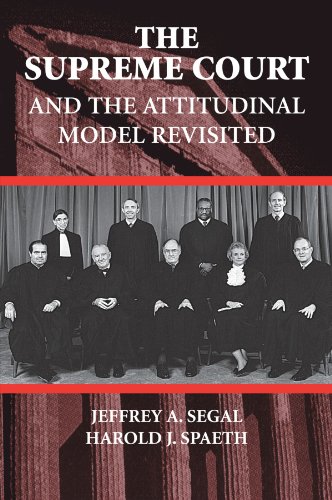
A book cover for The Supreme Court and the Attitudinal Model Revisited; Jeffrey A. Segal; Law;